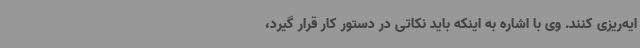
ایه‌ریزی کنند. وی با اشاره به اینکه باید نکاتی در دستور کار قرار گیرد،